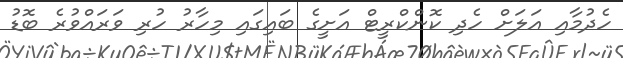
ހެދުމާއި އަލަށް ހެދި ކޮންކްރީޓް އަށީގެ ބައިގައި މިހާރު ހުރި ވަރައްވުރެ ބޮޑު